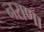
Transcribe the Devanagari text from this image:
नराणा